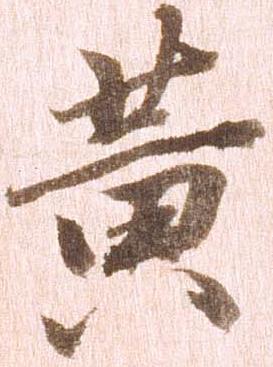
黄